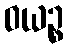
ဝယဉ္စ